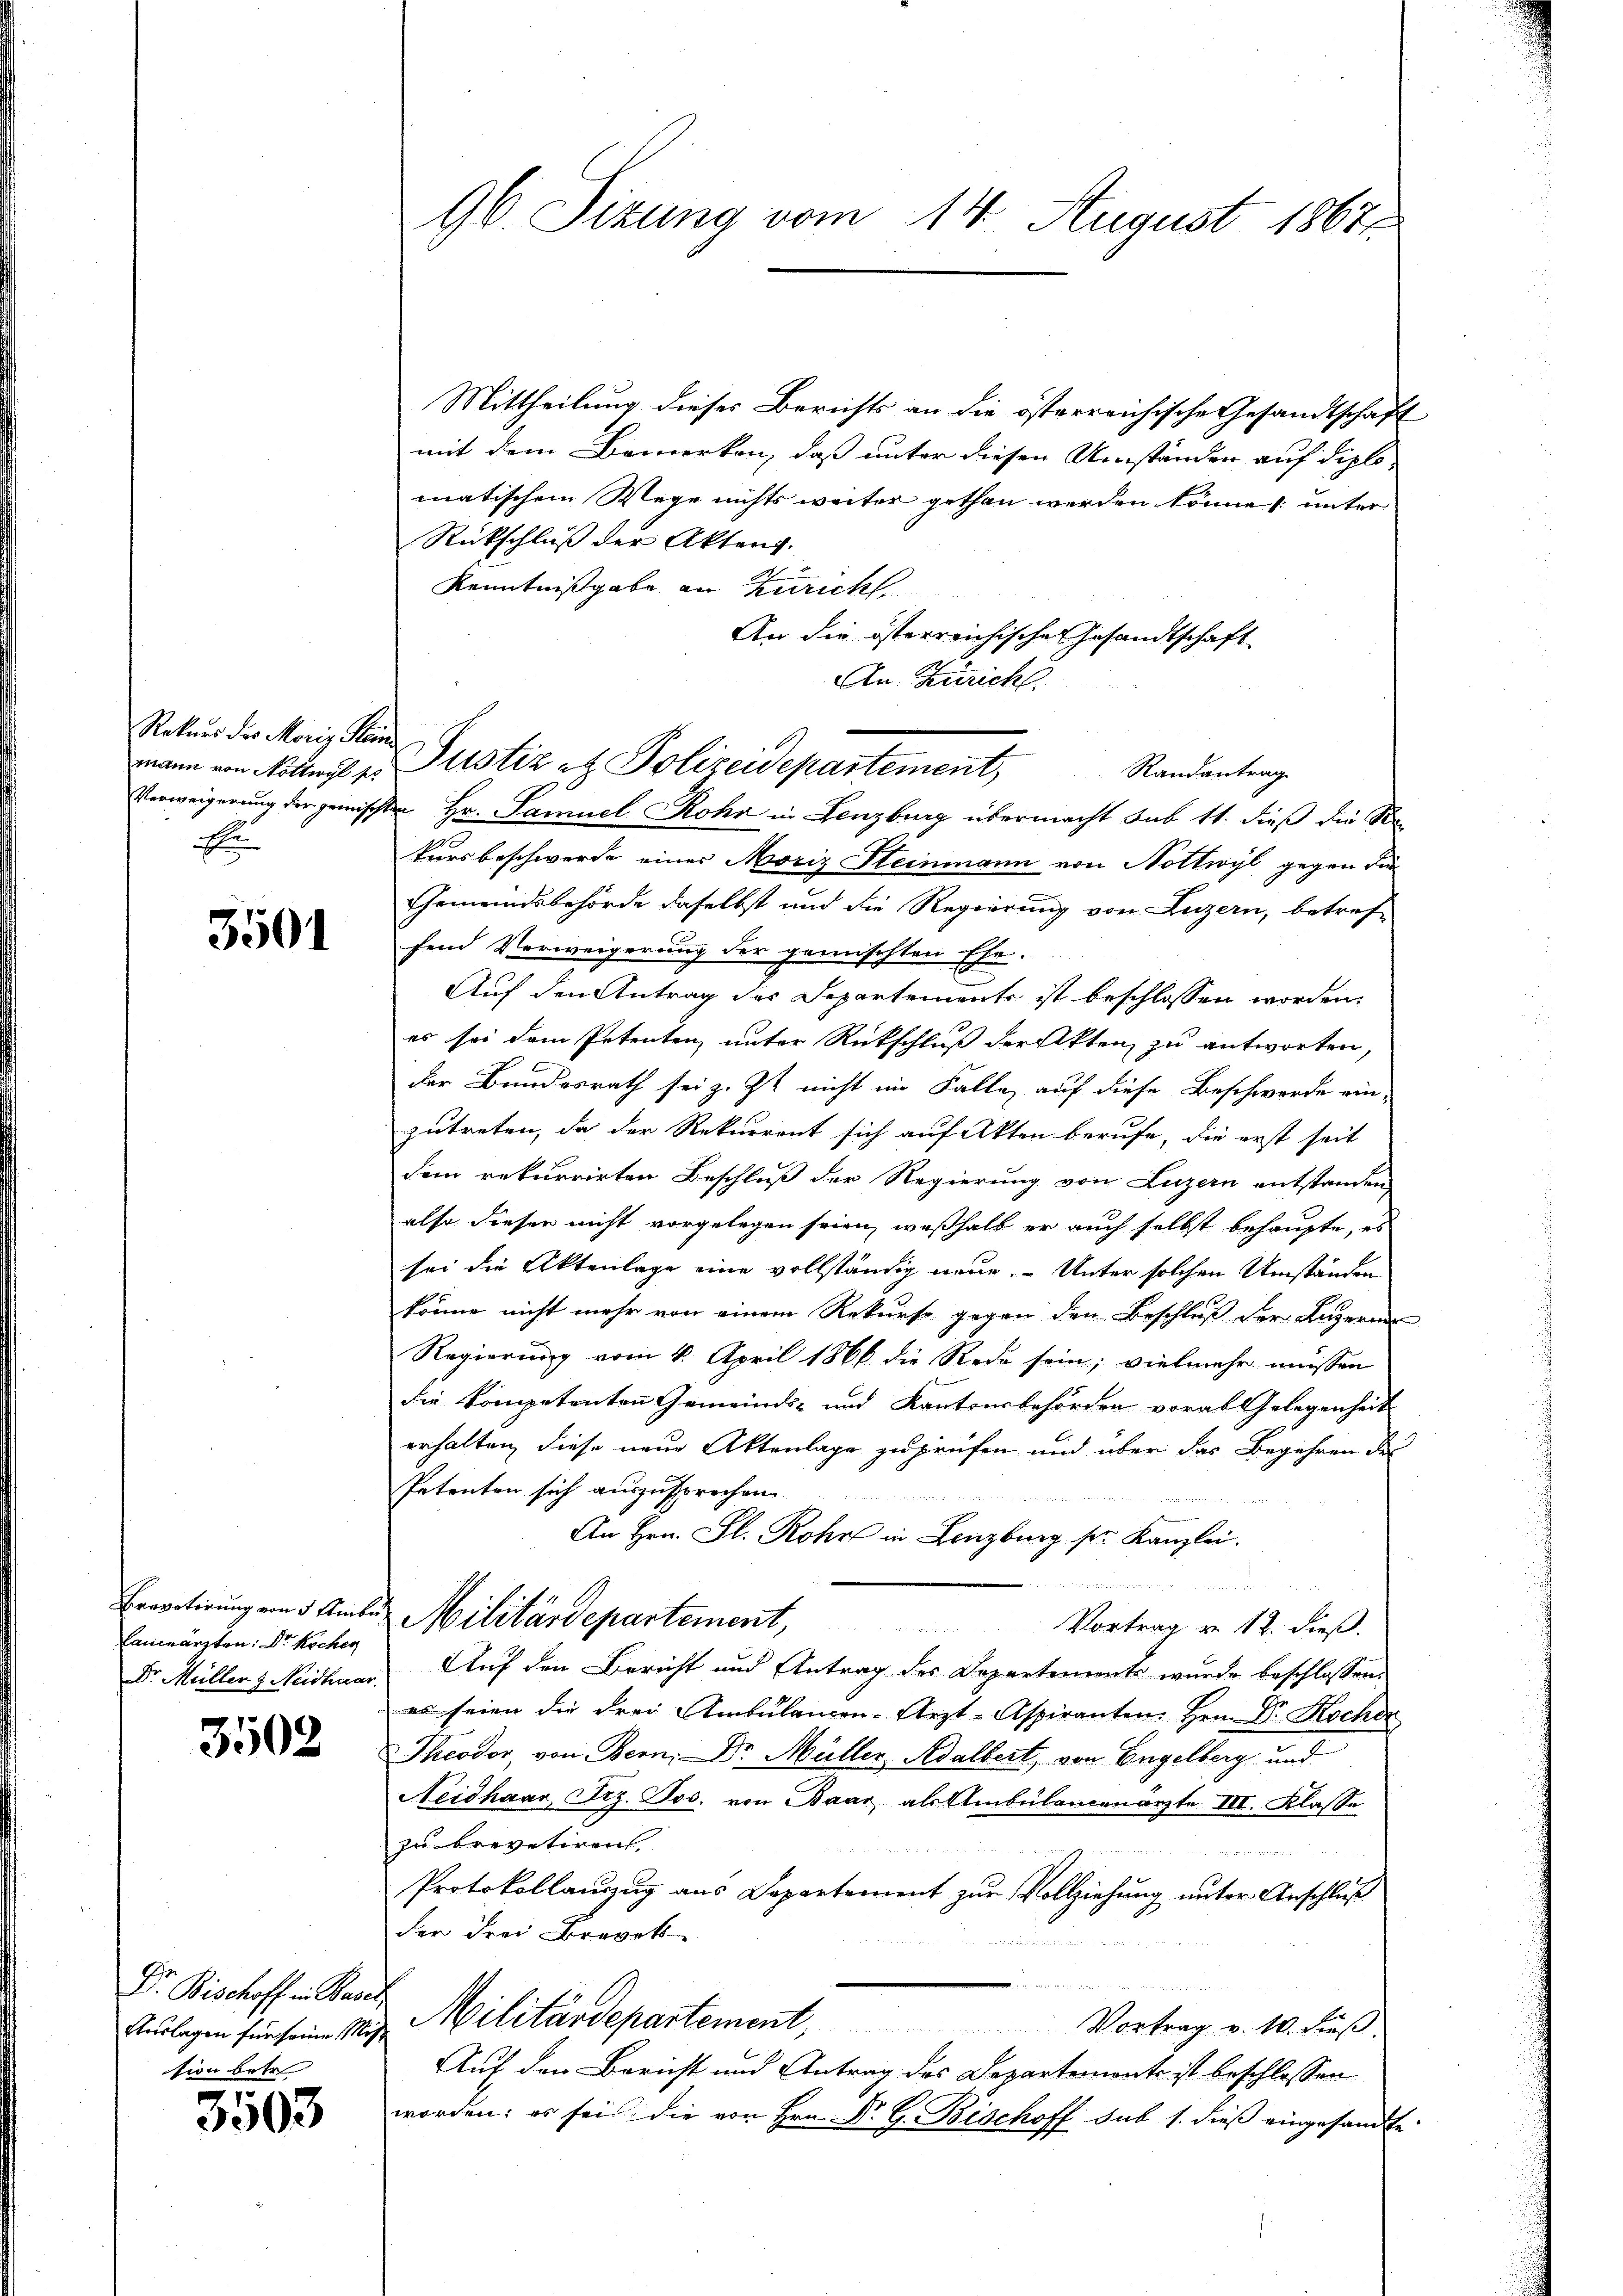
Rekurs des Moriz Hein
E

3501

Brevetirung von 5 Ambe
Canceärzten Dr. Kochen
Dr. Müller & Neidhaar.

3502

Dr. Bischoff in Base
Auslagen für seine Motion betr

3503

96. Sizung vom 14. August 1867.

Mittheilung dieses Berichts an die österreichische Gesandtschaft
mit dem Bemerken, daß unter diesen Umständen auf diplomatischem Wege nichts weiter gethan werden könne, unter
Rückschluß der Akten.
Kenntnißgabe an Zürich
An die österreichische Gesandtschaft
An Zürich
Randantrag
Verweigerung der gemischten Hr. Samuel Rohr in Lenzburg übermacht sub 11. dieß die Re
kursbeschwerde eines Moriz Steinmann von Nottwyl gegen die
Gemeindsbehörde daselbst und die Regierung von Luzern, betref-
fend Verweigerung der gemischten Ehe.
Auf den Antrag des Departemente ist beschlossen worden.
es sei dem Petenten unter Rückschluß der Akten zu antworten,
der Bundesrath sei z. Zt. nicht im Falle auf diese Beschwerde ein-
zutreten, da der Rekurrent sich auf Akten berufe, die erst seit
dem rekurrirten Beschluß der Regierung von Luzern entstanden
also diesen nicht vorgelegen seien, weßhalb er auch selbst behaupte, es
sei die Aktenlage eine vollständig neue. - Unter solchen Umständen
könne nicht mehr von einem Rekurse gegen den Beschluß der Luzern
Regierung vom 4. April 1866 die Rede sein; vielmehr müssen
die kompetenten Gemeinds- und Kantonsbehörden vorabgelegenheit
erhalten, diese neue Aktenlage zu prüfen und über das Begehren des
Petenten sich auszusprochen.

An Hrn. Fl. Rohr in Lenzburg ser Kanzlei.
l
w
 Militärdepartement, Vortrag v. 12. dieβ.
 Auf den Bericht und Antrag des Departements wurde beschlossen
es seien die drei Ambulancen-Arzt-Aspiranten Hrn. Dr. Kochen
Theodor, von Bern, Dr. Müller, Adalbert, von Engelberg und
Neidhaar Frz. Jos. von Baar als Ambülancenärzte III. Klasse
zu brevetiren.

Protokollanzug aus Departement zur Vollziehung unter Anschluß
der drei Brevet
n
ch
 Militärdepartement, Vortrag v. 10. dieβ.
Auf den Bericht und Antrag des Departemente ist beschlossen
worden: es sei die von Hrn. Dr G. Bischoff sub 1. dieß eingesandte

mann von Notarif v. Justiz et Polizeidepartement,